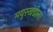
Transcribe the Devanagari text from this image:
मयुरखंडीला